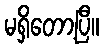
မရှိတော့ပြီ။